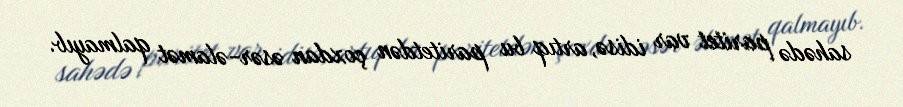
sahədə paritet var idisə, artıq bu paritetdən çoxdan əsər-əlamət qalmayıb.